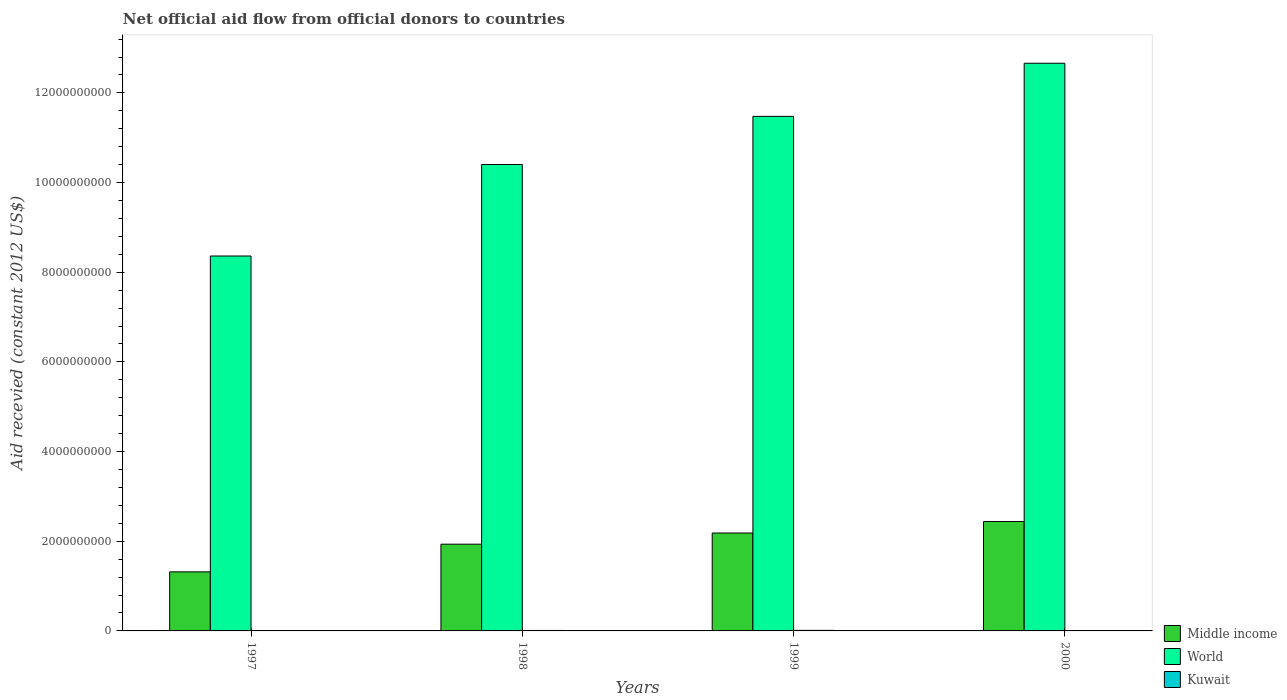
| Years | Middle income | World | Kuwait |
 | --- | --- | --- | --- |
 | 1997 | 1.32e+09 | 8.36e+09 | 1.85e+06 |
 | 1998 | 1.93e+09 | 1.04e+10 | 1.01e+07 |
 | 1999 | 2.18e+09 | 1.15e+10 | 1.23e+07 |
 | 2000 | 2.44e+09 | 1.27e+10 | 6.19e+06 |